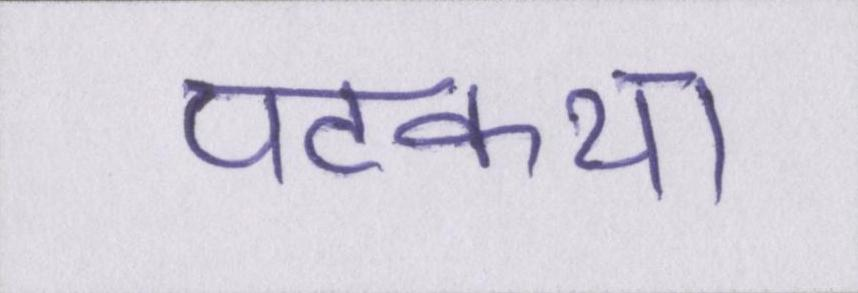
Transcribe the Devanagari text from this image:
पटकथा